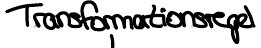
Transformationsregel